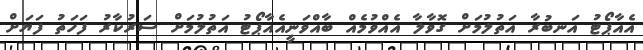
އެއާޕޯޓު އަނބުރާ އަތުލުމަށް ގޮވާލާ އެއްވުމެއް ބާއްވަނީއެއާޕޯޓު އަތުލުމަށް ސަރުކާރު ފަހަތު ފަޔަށް